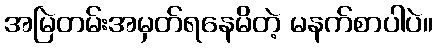
အမြဲတမ်းအမှတ်ရနေမိတဲ့ မနက်စာပါပဲ။